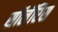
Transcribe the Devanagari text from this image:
सॉलॅरिस